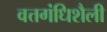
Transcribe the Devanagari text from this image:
वत्तगंधिशैली